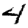
Digit: 4